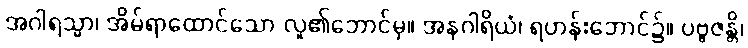
အဂါရသ္မာ၊ အိမ်ရာထောင်သော လူ၏ဘောင်မှ။ အနဂါရိယံ၊ ရဟန်းဘောင်၌။ ပဗ္ဗဇန္တိ၊